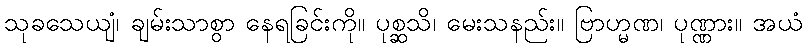
သုခသေယျံ၊ ချမ်းသာစွာ နေရခြင်းကို။ ပုစ္ဆသိ၊ မေးသနည်း။ ဗြာဟ္မဏ၊ ပုဏ္ဏား။ အယံ